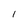
Character: l